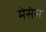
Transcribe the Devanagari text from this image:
मेसंस